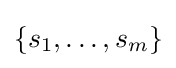
\{s_{1},\dots ,s_{m}\}